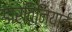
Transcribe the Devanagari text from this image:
डार्विनियाई